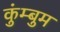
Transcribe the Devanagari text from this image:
कुंम्बुम